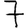
Digit: 7